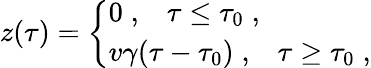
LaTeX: z(\tau)=\left\{ \begin{array}{l}{{0\; ,\; \; \; \tau\leq\tau_{0}\; ,}}\\ {{v\gamma(\tau-\tau_{0})\; ,\; \; \; \tau\geq\tau_{0}\; ,}}\end{array}\right.